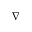
\nabla